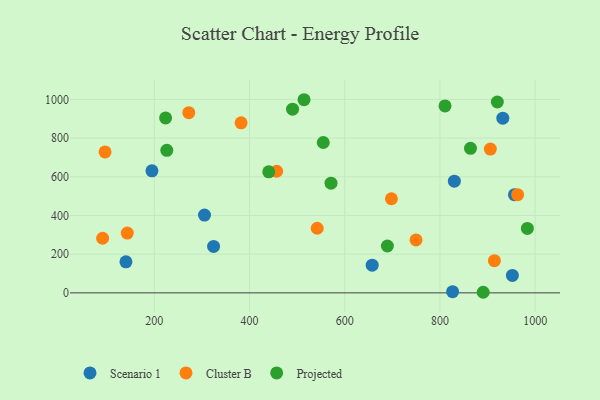
{"axis": {"x": "Study Hours", "y": "Fuel Efficiency"}, "legend": ["Cluster B", "Projected", "Scenario 1"], "data": [{"x": "195.0", "y": 630.6, "type": "Scenario 1"}, {"x": "324.5", "y": 239.8, "type": "Scenario 1"}, {"x": "952.2", "y": 90.2, "type": "Scenario 1"}, {"x": "305.4", "y": 402.1, "type": "Scenario 1"}, {"x": "657.7", "y": 143.0, "type": "Scenario 1"}, {"x": "956.6", "y": 507.8, "type": "Scenario 1"}, {"x": "826.6", "y": 6.1, "type": "Scenario 1"}, {"x": "932.1", "y": 902.8, "type": "Scenario 1"}, {"x": "830.3", "y": 577.4, "type": "Scenario 1"}, {"x": "140.4", "y": 160.6, "type": "Scenario 1"}, {"x": "905.9", "y": 743.1, "type": "Cluster B"}, {"x": "96.5", "y": 728.3, "type": "Cluster B"}, {"x": "914.4", "y": 166.2, "type": "Cluster B"}, {"x": "963.2", "y": 507.3, "type": "Cluster B"}, {"x": "91.4", "y": 282.2, "type": "Cluster B"}, {"x": "542.2", "y": 334.1, "type": "Cluster B"}, {"x": "457.0", "y": 628.6, "type": "Cluster B"}, {"x": "143.2", "y": 308.9, "type": "Cluster B"}, {"x": "698.1", "y": 486.4, "type": "Cluster B"}, {"x": "272.4", "y": 931.5, "type": "Cluster B"}, {"x": "749.8", "y": 273.8, "type": "Cluster B"}, {"x": "382.3", "y": 878.8, "type": "Cluster B"}, {"x": "490.4", "y": 949.6, "type": "Projected"}, {"x": "689.6", "y": 242.3, "type": "Projected"}, {"x": "554.9", "y": 777.2, "type": "Projected"}, {"x": "514.5", "y": 998.4, "type": "Projected"}, {"x": "223.7", "y": 904.5, "type": "Projected"}, {"x": "571.2", "y": 566.8, "type": "Projected"}, {"x": "810.7", "y": 966.5, "type": "Projected"}, {"x": "864.2", "y": 747.3, "type": "Projected"}, {"x": "226.2", "y": 736.7, "type": "Projected"}, {"x": "890.9", "y": 3.0, "type": "Projected"}, {"x": "920.6", "y": 986.6, "type": "Projected"}, {"x": "440.4", "y": 625.9, "type": "Projected"}, {"x": "983.7", "y": 333.1, "type": "Projected"}]}